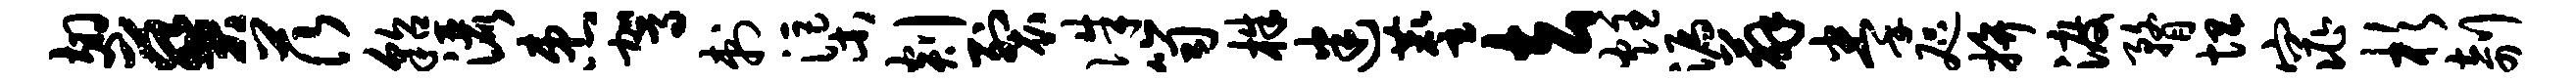
翅葵茨貂洒患驾刺渠剡裂侏笥株迷麈去炷漏薜拳咫拚渡瞀坦窕杉剞